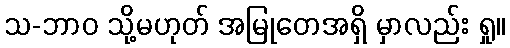
သ-ဘာဝ သို့မဟုတ် အမြုတေအရှိ မှာလည်း ရှု။